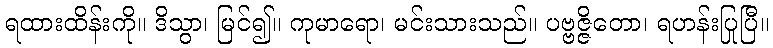
ရထားထိန်းကို။ ဒိသွာ၊ မြင်၍။ ကုမာရော၊ မင်းသားသည်။ ပဗ္ဗဇ္ဇိတော၊ ရဟန်းပြုပြီ။